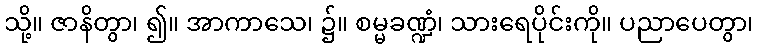
သို့။ ဇာနိတွာ၊ ၍။ အာကာသေ၊ ၌။ စမ္မခဏ္ဍံ၊ သားရေပိုင်းကို။ ပညာပေတွာ၊